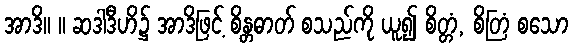
အာဒိ။ ။ ဆဒါဒီဟိ၌ အာဒိဖြင့် စိန္တဓာတ် စသည်ကို ယူ၍ စိတ္တံ, စိတြံ စသော